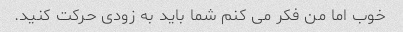
خوب اما من فکر می کنم شما باید به زودی حرکت کنید.